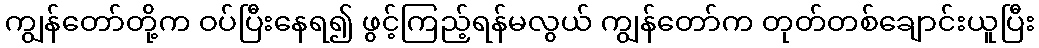
ကျွန်တော်တို့က ဝပ်ပြီးနေရ၍ ဖွင့်ကြည့်ရန်မလွယ် ကျွန်တော်က တုတ်တစ်ချောင်းယူပြီး